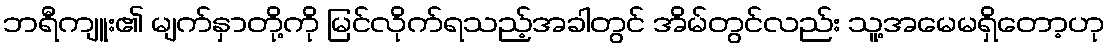
ဘရီကျူး၏ မျက်နှာတို့ကို မြင်လိုက်ရသည့်အခါတွင် အိမ်တွင်လည်း သူ့အမေမရှိတော့ဟု